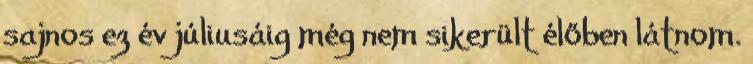
sajnos ez év júliusáig még nem sikerült élőben látnom.